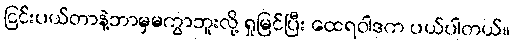
ငြင်းပယ်တာနဲ့ဘာမှမကွာဘူးလို့ ရှုမြင်ပြီး ထေရဝါဒက ပယ်ပါတယ်။